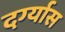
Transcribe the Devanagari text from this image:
दर्ग्यास